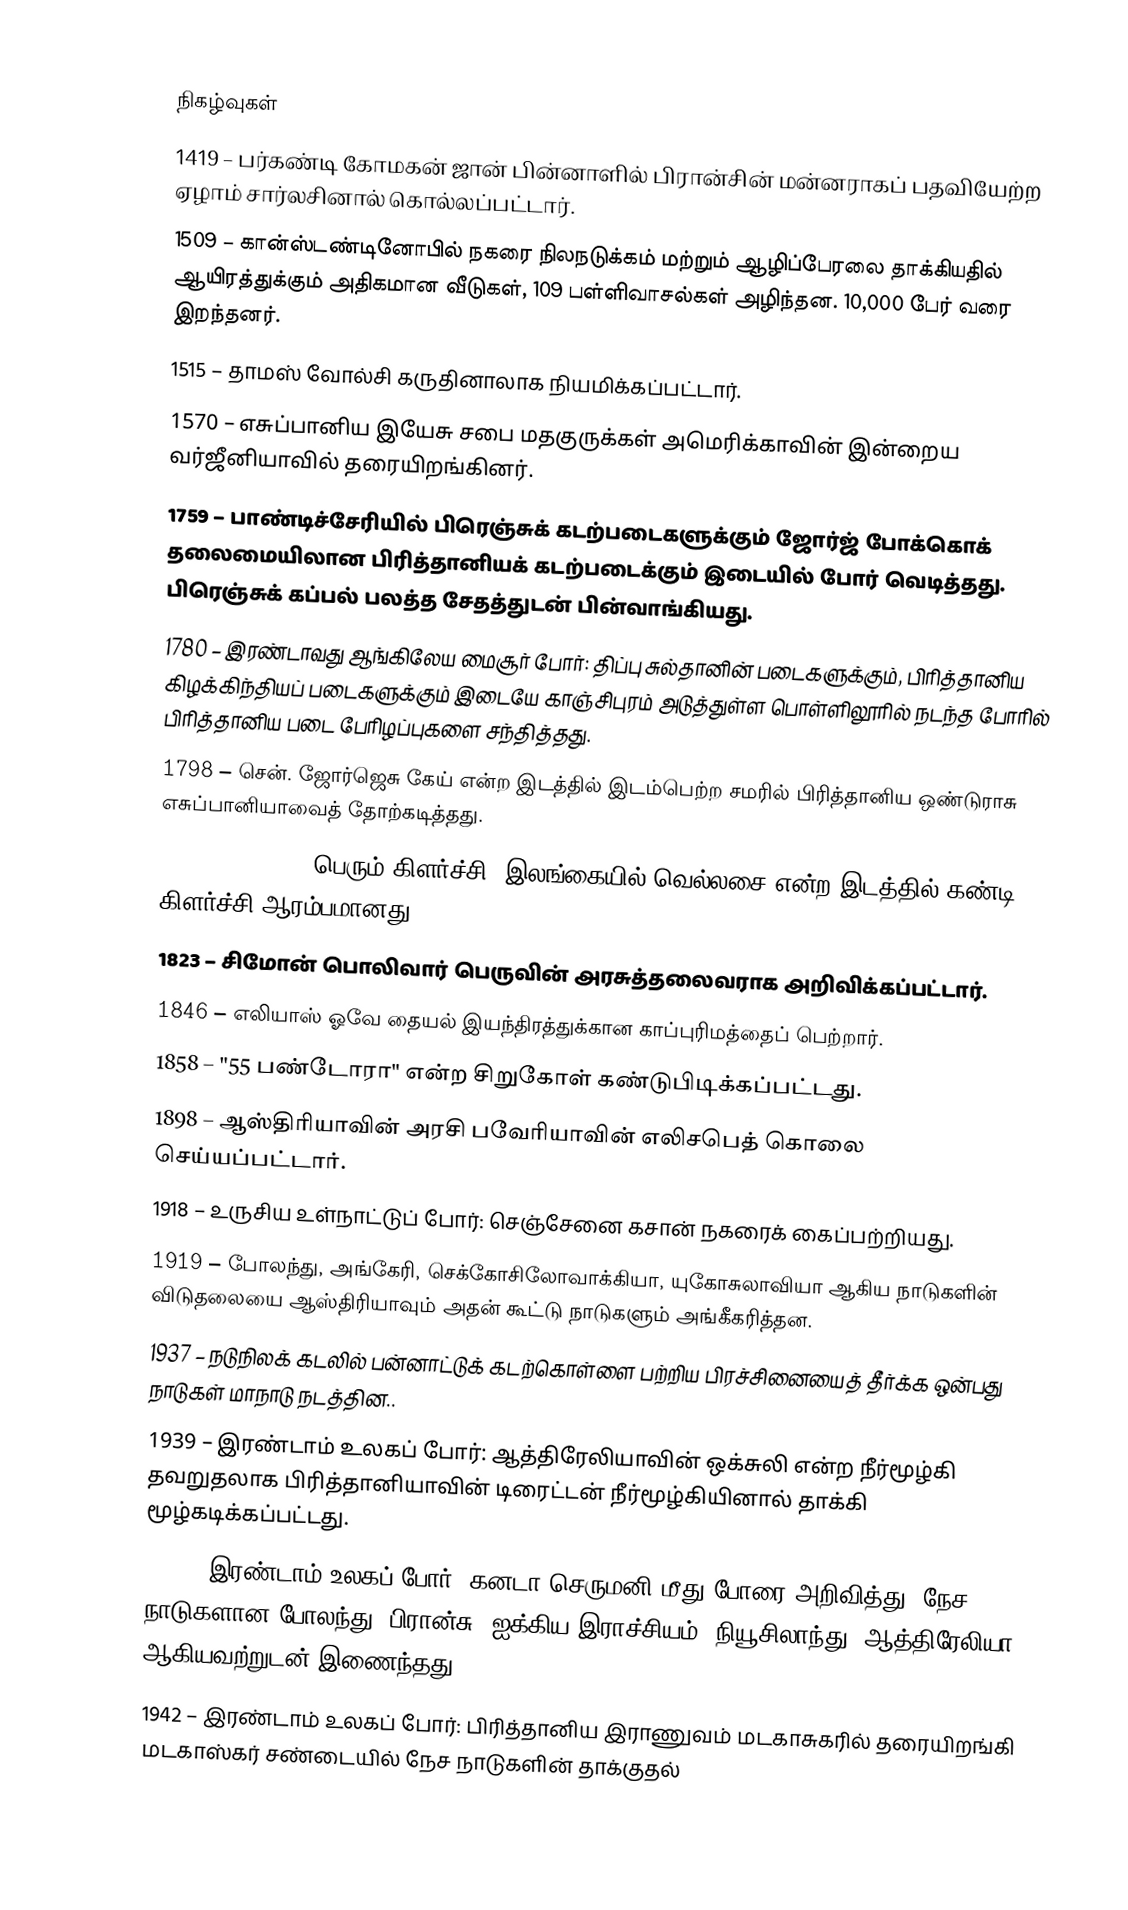

நிகழ்வுகள்
1419 – பர்கண்டி கோமகன் ஜான் பின்னாளில் பிரான்சின் மன்னராகப் பதவியேற்ற ஏழாம் சார்லசினால் கொல்லப்பட்டார்.
1509 – கான்ஸ்டண்டினோபில் நகரை நிலநடுக்கம் மற்றும் ஆழிப்பேரலை தாக்கியதில் ஆயிரத்துக்கும் அதிகமான வீடுகள், 109 பள்ளிவாசல்கள் அழிந்தன. 10,000 பேர் வரை இறந்தனர்.
1515 – தாமஸ் வோல்சி கருதினாலாக நியமிக்கப்பட்டார்.
1570 – எசுப்பானிய இயேசு சபை மதகுருக்கள் அமெரிக்காவின் இன்றைய வர்ஜீனியாவில் தரையிறங்கினர்.
1759 – பாண்டிச்சேரியில் பிரெஞ்சுக் கடற்படைகளுக்கும் ஜோர்ஜ் போக்கொக் தலைமையிலான பிரித்தானியக் கடற்படைக்கும் இடையில் போர் வெடித்தது. பிரெஞ்சுக் கப்பல் பலத்த சேதத்துடன் பின்வாங்கியது.
1780 – இரண்டாவது ஆங்கிலேய மைசூர் போர்: திப்பு சுல்தானின் படைகளுக்கும், பிரித்தானிய கிழக்கிந்தியப் படைகளுக்கும் இடையே காஞ்சிபுரம் அடுத்துள்ள பொள்ளிலூரில் நடந்த போரில் பிரித்தானிய படை பேரிழப்புகளை சந்தித்தது.
1798 – சென். ஜோர்ஜெசு கேய் என்ற இடத்தில் இடம்பெற்ற சமரில் பிரித்தானிய ஒண்டுராசு எசுப்பானியாவைத் தோற்கடித்தது.
1817 – 1817-1818 பெரும் கிளர்ச்சி: இலங்கையில் வெல்லசை என்ற இடத்தில் கண்டி கிளர்ச்சி ஆரம்பமானது.
1823 – சிமோன் பொலிவார் பெருவின் அரசுத்தலைவராக அறிவிக்கப்பட்டார்.
1846 – எலியாஸ் ஓவே தையல் இயந்திரத்துக்கான காப்புரிமத்தைப் பெற்றார்.
1858 – "55 பண்டோரா" என்ற சிறுகோள் கண்டுபிடிக்கப்பட்டது.
1898 – ஆஸ்திரியாவின் அரசி பவேரியாவின் எலிசபெத் கொலை செய்யப்பட்டார்.
1918 – உருசிய உள்நாட்டுப் போர்: செஞ்சேனை கசான் நகரைக் கைப்பற்றியது.
1919 – போலந்து, அங்கேரி, செக்கோசிலோவாக்கியா, யுகோசுலாவியா ஆகிய நாடுகளின் விடுதலையை ஆஸ்திரியாவும் அதன் கூட்டு நாடுகளும் அங்கீகரித்தன.
1937 – நடுநிலக் கடலில் பன்னாட்டுக் கடற்கொள்ளை பற்றிய பிரச்சினையைத் தீர்க்க ஒன்பது நாடுகள் மாநாடு நடத்தின..
1939 – இரண்டாம் உலகப் போர்: ஆத்திரேலியாவின் ஒக்சுலி என்ற நீர்மூழ்கி தவறுதலாக பிரித்தானியாவின் டிரைட்டன் நீர்மூழ்கியினால் தாக்கி மூழ்கடிக்கப்பட்டது.
1939 – இரண்டாம் உலகப் போர்: கனடா செருமனி மீது போரை அறிவித்து, நேச நாடுகளான போலந்து, பிரான்சு, ஐக்கிய இராச்சியம், நியூசிலாந்து, ஆத்திரேலியா ஆகியவற்றுடன் இணைந்தது.
1942 – இரண்டாம் உலகப் போர்: பிரித்தானிய இராணுவம் மடகாசுகரில் தரையிறங்கி மடகாஸ்கர் சண்டையில் நேச நாடுகளின் தாக்குதல்